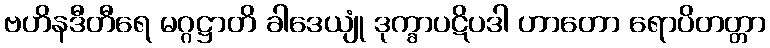
ဗဟိနဒီတီရေ မဂ္ဂဋ္ဌာတိ ခါဒေယျုံ ဒုက္ခာပဋိပဒါ ဟာတော ရောပိတတ္တာ